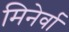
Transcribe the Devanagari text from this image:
मिनेर्वा